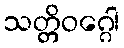
သတ္တိဝဂ္ဂေါ